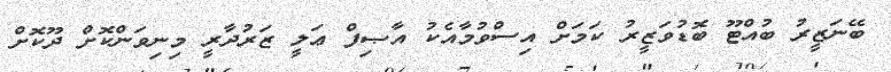
ބޭނަޒީރު ބުއްޓޫ ބޮޑުވަޒީރު ކަމަށް އިސްވުމާއެކު އާޞިފް ޢަލީ ޒަރުދާރީ މިނިވަންކޮށް ދޫކޮށް